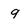
Character: 9